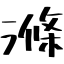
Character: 滌